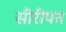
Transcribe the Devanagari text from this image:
सीरीपत